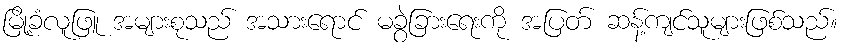
မြို့ခံလူဖြူ အများစုသည် အသားရောင် မခွဲခြားရေးကို အပြတ် ဆန့်ကျင်သူများဖြစ်သည်။